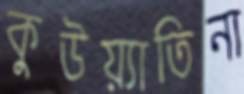
কুউয়্যাতিনা